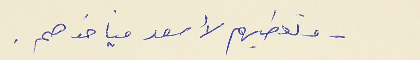
- وتعطيهم لأسعد فياخدهم.